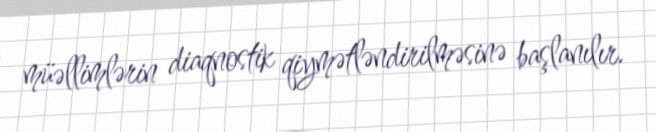
müəllimlərin diaqnostik qiymətləndirilməsinə başlanılır.